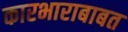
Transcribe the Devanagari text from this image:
कारभाराबाबत